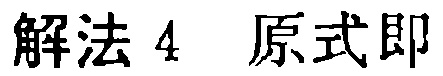
解法 4 原式即